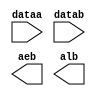
module lpm_compare_aeb_alb (
	dataa,
	datab,
	aeb,
	alb);

	input	[9:0]  dataa;
	input	[9:0]  datab;
	output	  aeb;
	output	  alb;

endmodule